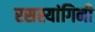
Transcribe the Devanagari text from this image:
रसस्यांगिनी